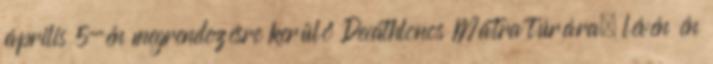
április 5-én megrendezésre kerülő Decathlonos Mátra túrára, lévén én